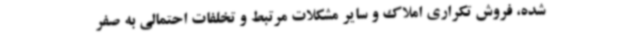
شده، فروش تکراری املاک و سایر مشکلات مرتبط و تخلفات احتمالی به صفر